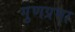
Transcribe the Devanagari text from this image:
गुणप्रभा